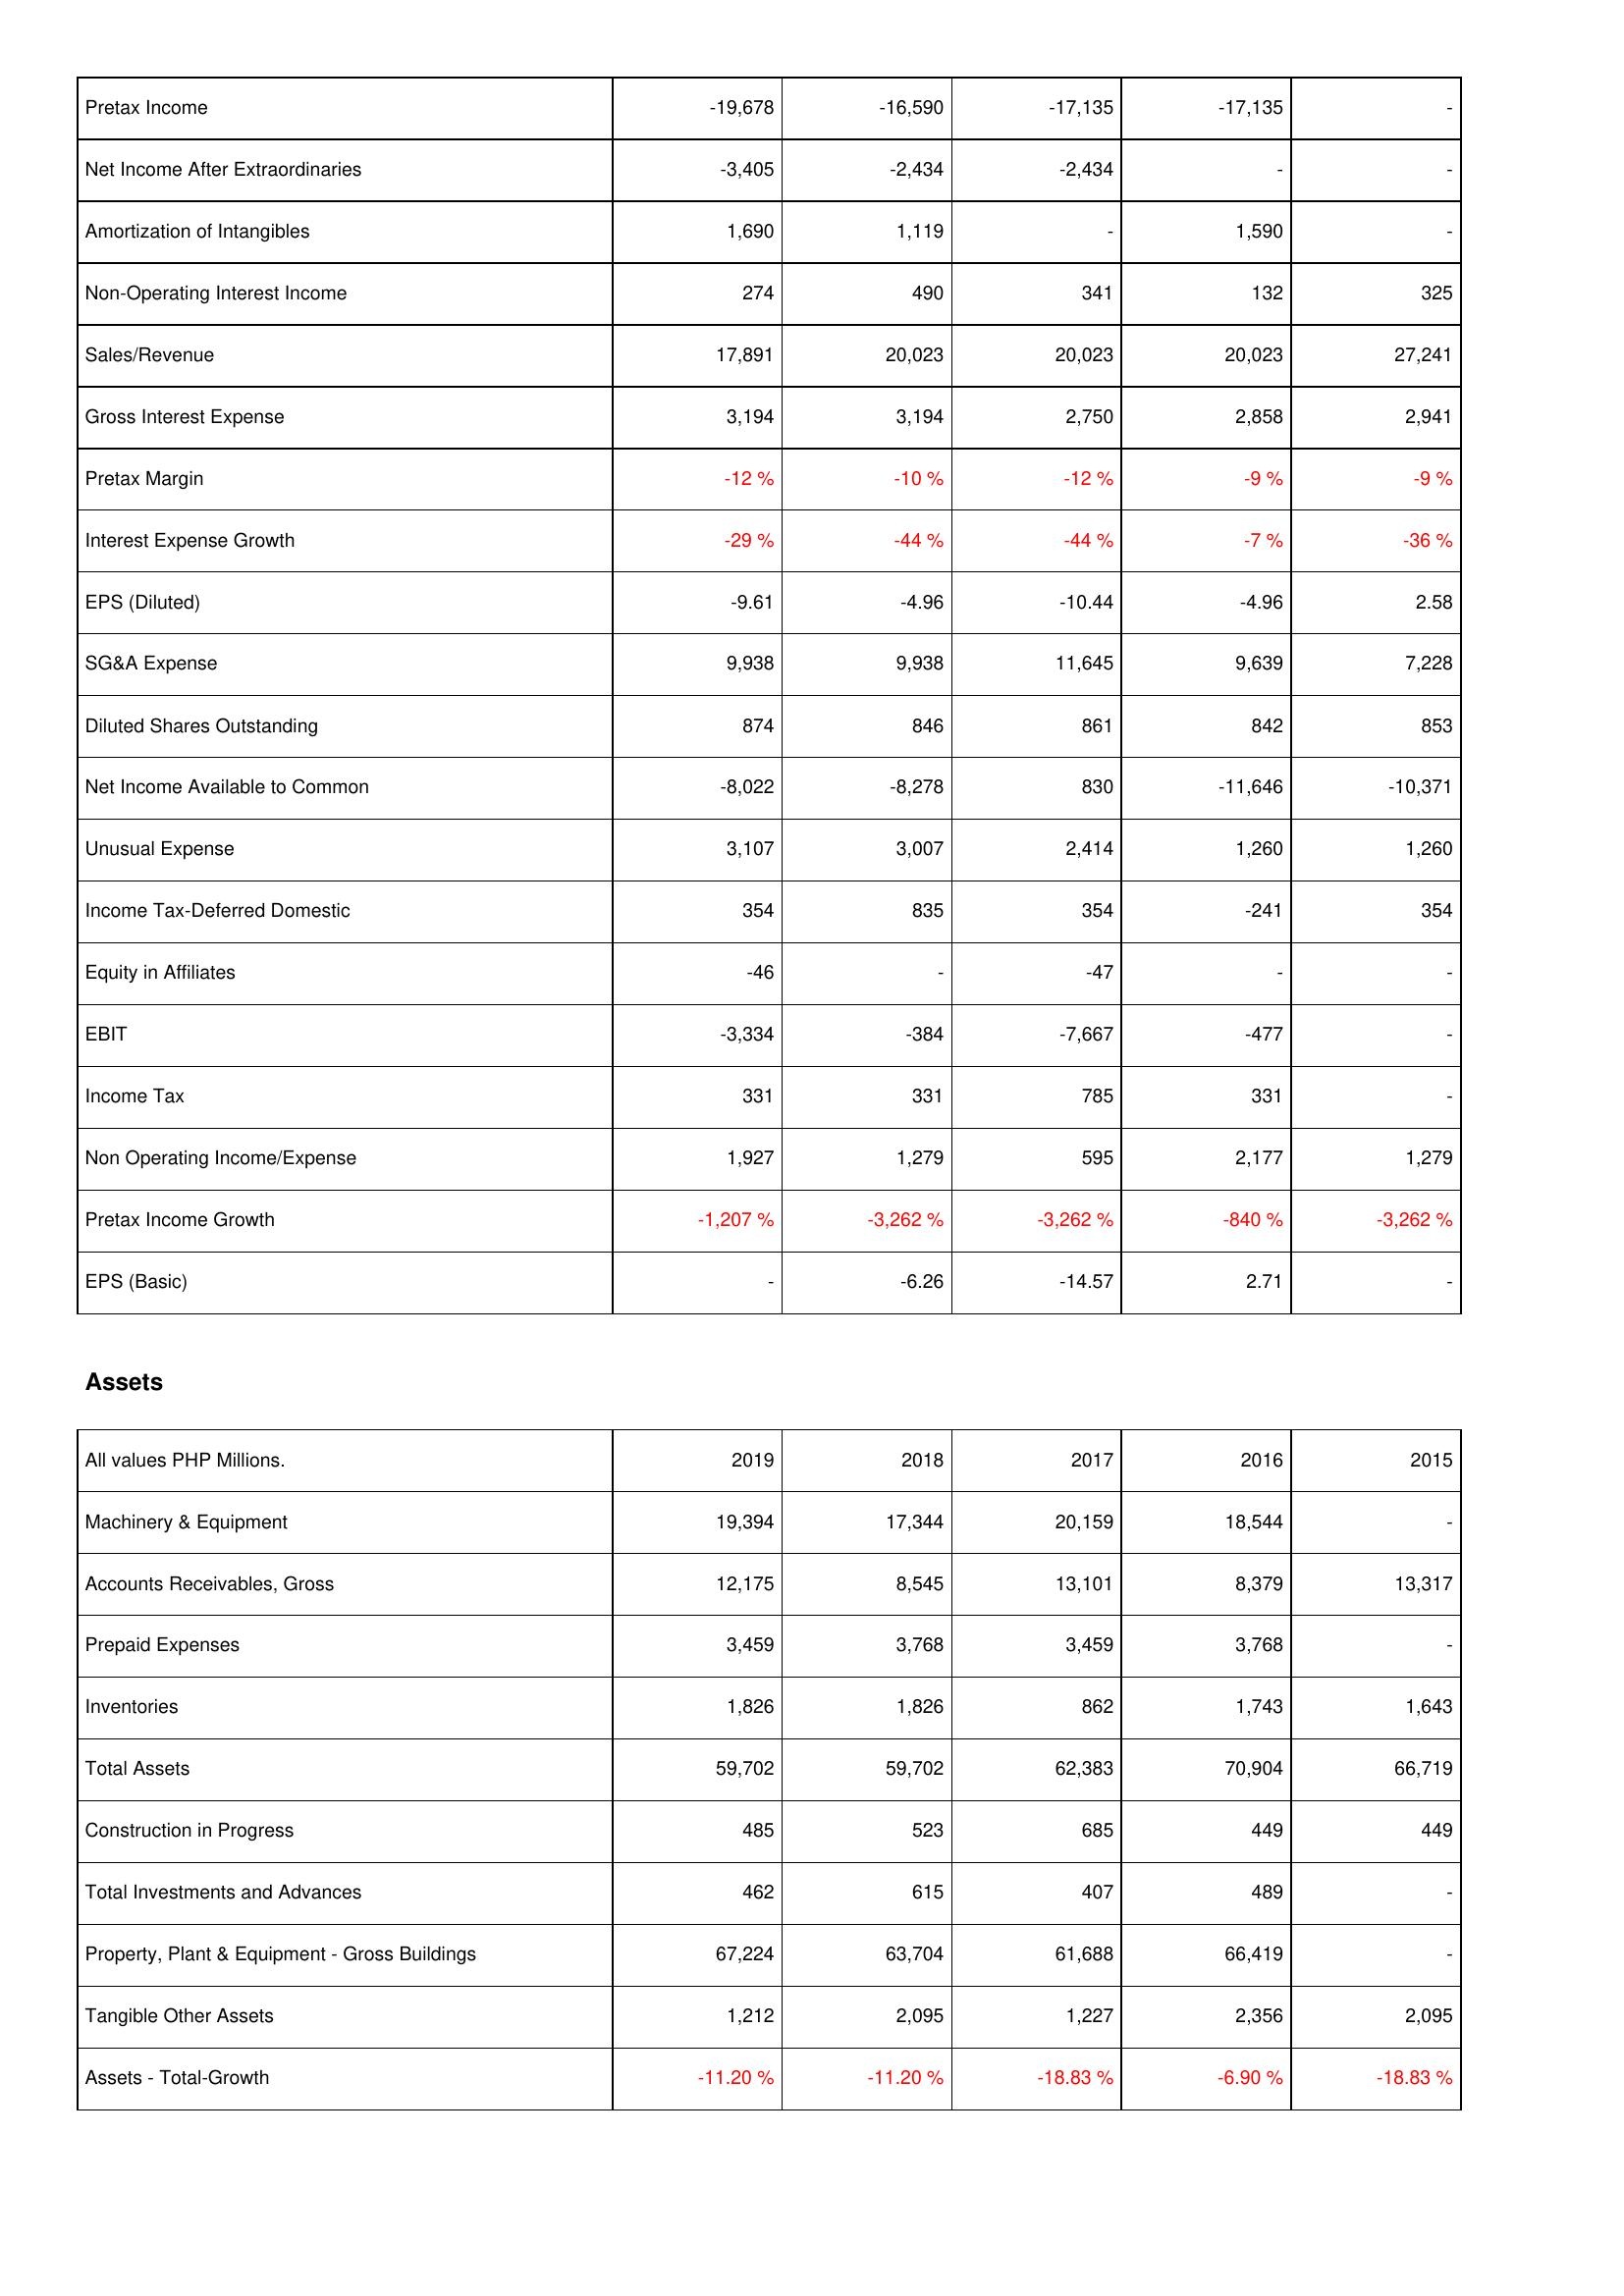
2019: Income Statement: Pretax Income: -19,678
Net Income After Extraordinaries: -3,405
Amortization of Intangibles: 1,690
Non-Operating Interest Income: 274
Sales/Revenue: 17,891
Gross Interest Expense: 3,194
Pretax Margin: -12 %
Interest Expense Growth: -29 %
EPS (Diluted): -9.61
SG&A Expense: 9,938
Diluted Shares Outstanding: 874
Net Income Available to Common: -8,022
Unusual Expense: 3,107
Income Tax-Deferred Domestic: 354
Equity in Affiliates: -46
EBIT: -3,334
Income Tax: 331
Non Operating Income/Expense: 1,927
Pretax Income Growth: -1,207 %
EPS (Basic): -
Assets: Machinery & Equipment: 19,394
Accounts Receivables, Gross: 12,175
Prepaid Expenses: 3,459
Inventories: 1,826
Total Assets: 59,702
Construction in Progress: 485
Total Investments and Advances: 462
Property, Plant & Equipment - Gross Buildings: 67,224
Tangible Other Assets: 1,212
Assets - Total-Growth: -11.20 %
2018: Income Statement: Pretax Income: -16,590
Net Income After Extraordinaries: -2,434
Amortization of Intangibles: 1,119
Non-Operating Interest Income: 490
Sales/Revenue: 20,023
Gross Interest Expense: 3,194
Pretax Margin: -10 %
Interest Expense Growth: -44 %
EPS (Diluted): -4.96
SG&A Expense: 9,938
Diluted Shares Outstanding: 846
Net Income Available to Common: -8,278
Unusual Expense: 3,007
Income Tax-Deferred Domestic: 835
Equity in Affiliates: -
EBIT: -384
Income Tax: 331
Non Operating Income/Expense: 1,279
Pretax Income Growth: -3,262 %
EPS (Basic): -6.26
Assets: Machinery & Equipment: 17,344
Accounts Receivables, Gross: 8,545
Prepaid Expenses: 3,768
Inventories: 1,826
Total Assets: 59,702
Construction in Progress: 523
Total Investments and Advances: 615
Property, Plant & Equipment - Gross Buildings: 63,704
Tangible Other Assets: 2,095
Assets - Total-Growth: -11.20 %
2017: Income Statement: Pretax Income: -17,135
Net Income After Extraordinaries: -2,434
Amortization of Intangibles: -
Non-Operating Interest Income: 341
Sales/Revenue: 20,023
Gross Interest Expense: 2,750
Pretax Margin: -12 %
Interest Expense Growth: -44 %
EPS (Diluted): -10.44
SG&A Expense: 11,645
Diluted Shares Outstanding: 861
Net Income Available to Common: 830
Unusual Expense: 2,414
Income Tax-Deferred Domestic: 354
Equity in Affiliates: -47
EBIT: -7,667
Income Tax: 785
Non Operating Income/Expense: 595
Pretax Income Growth: -3,262 %
EPS (Basic): -14.57
Assets: Machinery & Equipment: 20,159
Accounts Receivables, Gross: 13,101
Prepaid Expenses: 3,459
Inventories: 862
Total Assets: 62,383
Construction in Progress: 685
Total Investments and Advances: 407
Property, Plant & Equipment - Gross Buildings: 61,688
Tangible Other Assets: 1,227
Assets - Total-Growth: -18.83 %
2016: Income Statement: Pretax Income: -17,135
Net Income After Extraordinaries: -
Amortization of Intangibles: 1,590
Non-Operating Interest Income: 132
Sales/Revenue: 20,023
Gross Interest Expense: 2,858
Pretax Margin: -9 %
Interest Expense Growth: -7 %
EPS (Diluted): -4.96
SG&A Expense: 9,639
Diluted Shares Outstanding: 842
Net Income Available to Common: -11,646
Unusual Expense: 1,260
Income Tax-Deferred Domestic: -241
Equity in Affiliates: -
EBIT: -477
Income Tax: 331
Non Operating Income/Expense: 2,177
Pretax Income Growth: -840 %
EPS (Basic): 2.71
Assets: Machinery & Equipment: 18,544
Accounts Receivables, Gross: 8,379
Prepaid Expenses: 3,768
Inventories: 1,743
Total Assets: 70,904
Construction in Progress: 449
Total Investments and Advances: 489
Property, Plant & Equipment - Gross Buildings: 66,419
Tangible Other Assets: 2,356
Assets - Total-Growth: -6.90 %
2015: Income Statement: Pretax Income: -
Net Income After Extraordinaries: -
Amortization of Intangibles: -
Non-Operating Interest Income: 325
Sales/Revenue: 27,241
Gross Interest Expense: 2,941
Pretax Margin: -9 %
Interest Expense Growth: -36 %
EPS (Diluted): 2.58
SG&A Expense: 7,228
Diluted Shares Outstanding: 853
Net Income Available to Common: -10,371
Unusual Expense: 1,260
Income Tax-Deferred Domestic: 354
Equity in Affiliates: -
EBIT: -
Income Tax: -
Non Operating Income/Expense: 1,279
Pretax Income Growth: -3,262 %
EPS (Basic): -
Assets: Machinery & Equipment: -
Accounts Receivables, Gross: 13,317
Prepaid Expenses: -
Inventories: 1,643
Total Assets: 66,719
Construction in Progress: 449
Total Investments and Advances: -
Property, Plant & Equipment - Gross Buildings: -
Tangible Other Assets: 2,095
Assets - Total-Growth: -18.83 %